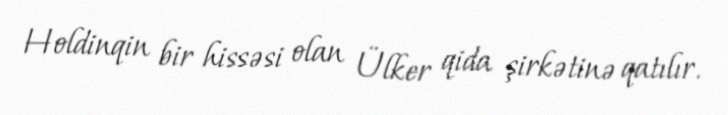
Holdinqin bir hissəsi olan Ülker qida şirkətinə qatılır.